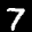
Label: 7